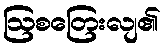
ဩစတြေးလျ၏